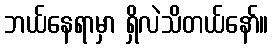
ဘယ်နေရာမှာ ရှိလဲသိတယ်နော်။